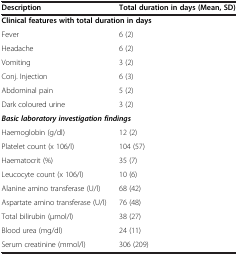
| Description | Total duration in days (Mean, SD) |
 | --- | --- |
 | <COLSPAN=2> Clinical features with total duration in days |
 | Fever | 6 (2) |
 | Headache | 6 (2) |
 | Vomiting | 3 (2) |
 | Conj. Injection | 6 (3) |
 | Abdominal pain | 5 (2) |
 | Dark coloured urine | 3 (2) |
 | <COLSPAN=2> Basic laboratory investigation findings |
 | Haemoglobin (g/dl) | 12 (2) |
 | Platelet count (x 106/l) | 104 (57) |
 | Haematocrit (%) | 35 (7) |
 | Leucocyte count (x 106/l) | 10 (6) |
 | Alanine amino transferase (U/l) | 68 (42) |
 | Aspartate amino transferase (U/l) | 76 (48) |
 | Total bilirubin (μmol/l) | 38 (27) |
 | Blood urea (mg/dl) | 24 (11) |
 | Serum creatinine (mmol/l) | 306 (209) |